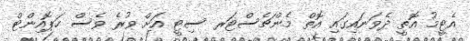
އެޓީމު އޮތީ ދެވަނައިގައި އޮތް މެންޗެސްޓަރ ސިޓީ އަށް ވުރެ ވެސް ހަޕޮއިންޓް